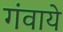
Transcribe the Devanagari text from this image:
गंवाये